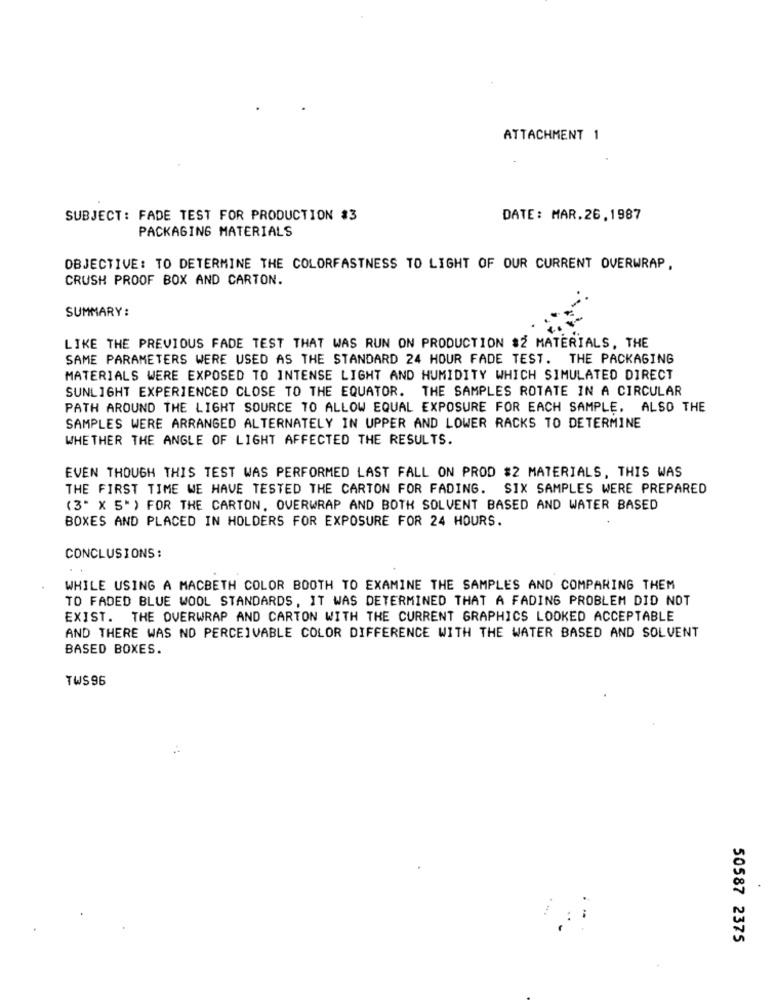
ATTACHMENT 1
SUBJECT: FADE TEST FOR PRODUCTION $3
DATE: MAR.26.1987
PACKAGING MATERIALS
OBJECTIVE: TO DETERMINE THE COLORFASTNESS TO LIGHT OF OUR CURRENT OVERWRAP,
CRUSH PROOF BOX AND CARTON.
SUMMARY:
LIKE THE PREVIOUS FADE TEST THAT WAS RUN ON PRODUCTION $2 MATERIALS, THE
SAME PARAMETERS WERE USED AS THE STANDARD 24 HOUR FADE TEST. THE PACKAGING
MATERIALS WERE EXPOSED TO INTENSE LIGHT AND HUMIDITY WHICH SIMULATED DIRECT
SUNLIGHT EXPERIENCED CLOSE TO THE EQUATOR. THE SAMPLES ROTATE IN A CIRCULAR
PATH AROUND THE LIGHT SOURCE TO ALLOW EQUAL EXPOSURE FOR EACH SAMPLE, ALSO THE
SAMPLES WERE ARRANGED ALTERNATELY IN UPPER AND LOWER RACKS TO DETERMINE
WHETHER THE ANGLE OF LIGHT AFFECTED THE RESULTS.
EVEN THOUGH THIS TEST WAS PERFORMED LAST FALL ON PROD $2 MATERIALS, THIS WAS
THE FIRST TIME WE HAVE TESTED THE CARTON FOR FADING.
SIX SAMPLES WERE PREPARED
(3" X 5" ) FOR THE CARTON. OVERWRAP AND BOTH SOLVENT BASED AND WATER BASED
BOXES AND PLACED IN HOLDERS FOR EXPOSURE FOR 24 HOURS.
CONCLUSIONS:
WHILE USING A MACBETH COLOR BOOTH TO EXAMINE THE SAMPLES AND COMPARING THEM
TO FADED BLUE WOOL STANDARDS, IT WAS DETERMINED THAT A FADING PROBLEM DID NOT
EXIST. THE OVERWRAP AND CARTON WITH THE CURRENT GRAPHICS LOOKED ACCEPTABLE
AND THERE WAS NO PERCEIVABLE COLOR DIFFERENCE WITH THE WATER BASED AND SOLVENT
BASED BOXES.
TWS 96
...
50587 2375